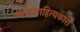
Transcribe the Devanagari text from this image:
बालसाहित्‍यकारों